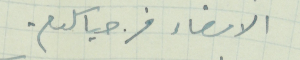
الامضاء قزحيا سلوم.